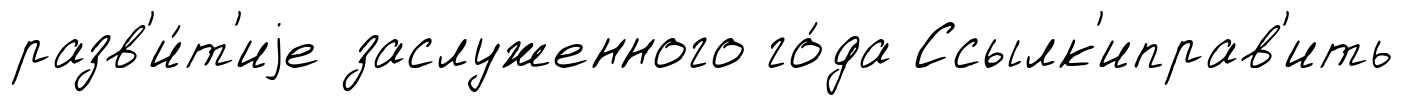
разв'и́т'иjе заслуженного го́да Ссылк'иправ'ить